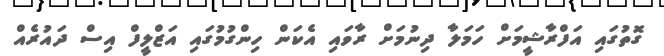
ގޮތުގައި އަފްރާޝީމަށް ހަމަލާ ދިނުމަށް ރާވައި އެކަން ހިންގުމުގައި އަޒްލީފް އިސް ދައުރެއް